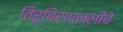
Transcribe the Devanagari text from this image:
तिरुचिरापल्लीचे